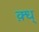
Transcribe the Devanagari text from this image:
क़्ध्